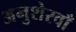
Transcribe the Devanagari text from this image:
अनुशेरवाँ